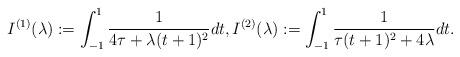
LaTeX: \begin{align*} I^{(1)}(\lambda):= \int_{-1}^1 \frac{1}{4 \tau+\lambda (t+1)^2} dt, I^{(2)}(\lambda):= \int_{-1}^1 \frac{1}{\tau (t+1)^2+4 \lambda} dt.\end{align*}